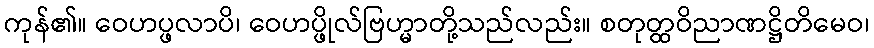
ကုန်၏။ ဝေဟပ္ဖလာပိ၊ ဝေဟပ္ဖိုလ်ဗြဟ္မာတို့သည်လည်း။ စတုတ္ထဝိညာဏဋ္ဌိတိမေဝ၊